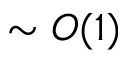
\sim O ( 1 )